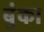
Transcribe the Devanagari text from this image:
बुंका